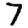
Digit: 7